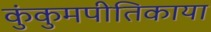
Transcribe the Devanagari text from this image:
कुंकुमपीतिकाया